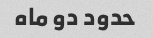
حدود دو ماه